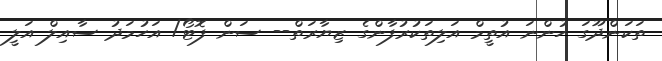
ތަކަންދޫގަ ހުންނަ އުތީމް އަލިތަކުރުފާންގެ ޒިޔާރަތް-- ސަން ފޮޓޯ/ އަހުމަދު ސާއިލް އަލީ